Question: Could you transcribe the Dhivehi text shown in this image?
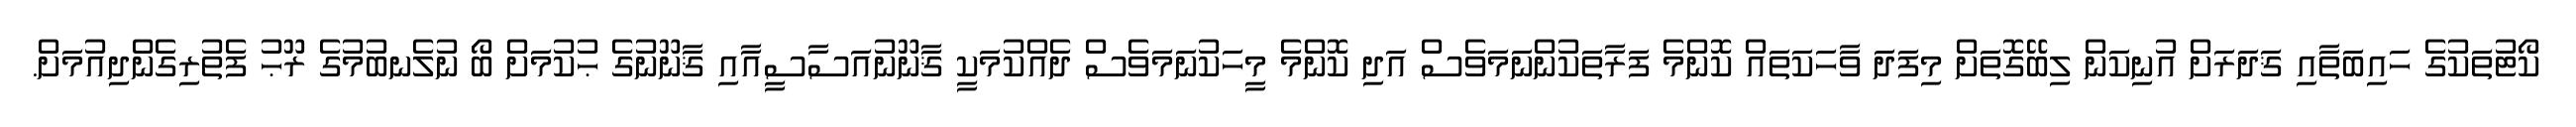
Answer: ކޯޓުތަކުގެ ހައިބަތާއި ޤަދަރަށް އުނިކަން ލިބޭގޮތަށް މިފަދަ ވާހަކަތައް ކޮންމެ ފަރާތަކުންނަމަވެސް އަދި ކޮންމެ މީހަކުނަމަވެސް ދެއްކުމަކީ ޤާނޫނުއަސާސީއާއި ޤާނޫނުގެ ޙުކުމަށް ބޯ ނުލެނބުމުގެ ރޫޙު ފެތުރިގެންދިއުމަށް.